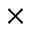
\times